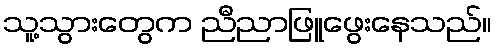
သူ့သွားတွေက ညီညာဖြူဖွေးနေသည်။